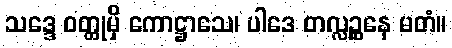
သဒ္ဒေ ဝတ္ထုမှိ ကောဋ္ဌာသေ၊ ပါဒေ တလ္လဉ္ဆနေ မတံ။